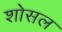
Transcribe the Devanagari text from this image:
शोसल